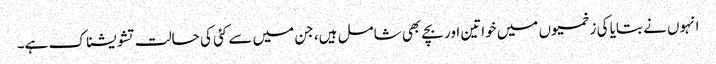
انہوں نے بتایا کی زخمیوں میں خواتین اور بچے بھی شامل ہیں، جن میں سے کئی کی حالت تشویشناک ہے۔